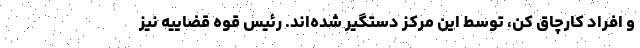
و افراد کارچاق کن، توسط این مرکز دستگیر شده‌اند. رئیس قوه قضاییه نیز